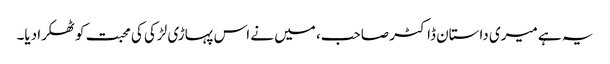
یہ ہے میری داستان ڈاکٹر صاحب، میں نے اس پہاڑی لڑکی کی محبت کو ٹھکرا دیا۔